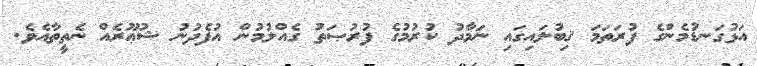
އަޅުގަނޑުމެންގެ ފުރަތަމަ ޤިބުލައިގައި ނަމާދު ކުރުމުގެ ފުރުޞަތު ގެއްލުމުން އުފެދުނު ޝުޢޫރެއް ނެތީތާއެވެ.